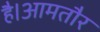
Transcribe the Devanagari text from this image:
है।आमतौर